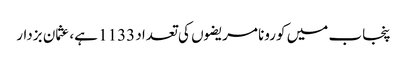
پنجاب میں کورونا مریضوں کی تعداد 1133 ہے، عثمان بزدار